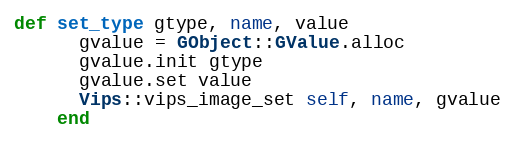
Language: Ruby
def set_type gtype, name, value
      gvalue = GObject::GValue.alloc
      gvalue.init gtype
      gvalue.set value
      Vips::vips_image_set self, name, gvalue
    end